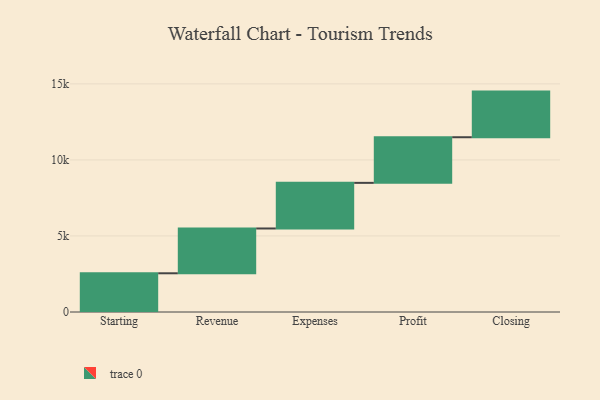
{"axis": {"x": "Step", "y": "Value"}, "legend": [""], "data": [{"x": "Starting", "y": 2546.0, "type": ""}, {"x": "Revenue", "y": 2945.0, "type": ""}, {"x": "Expenses", "y": 3000, "type": ""}, {"x": "Profit", "y": 3000, "type": ""}, {"x": "Closing", "y": 3000, "type": ""}]}